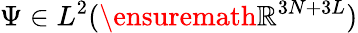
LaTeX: \Psi\in L^{2}(\ensuremath{\mathbb{R}}^{3N+3L})